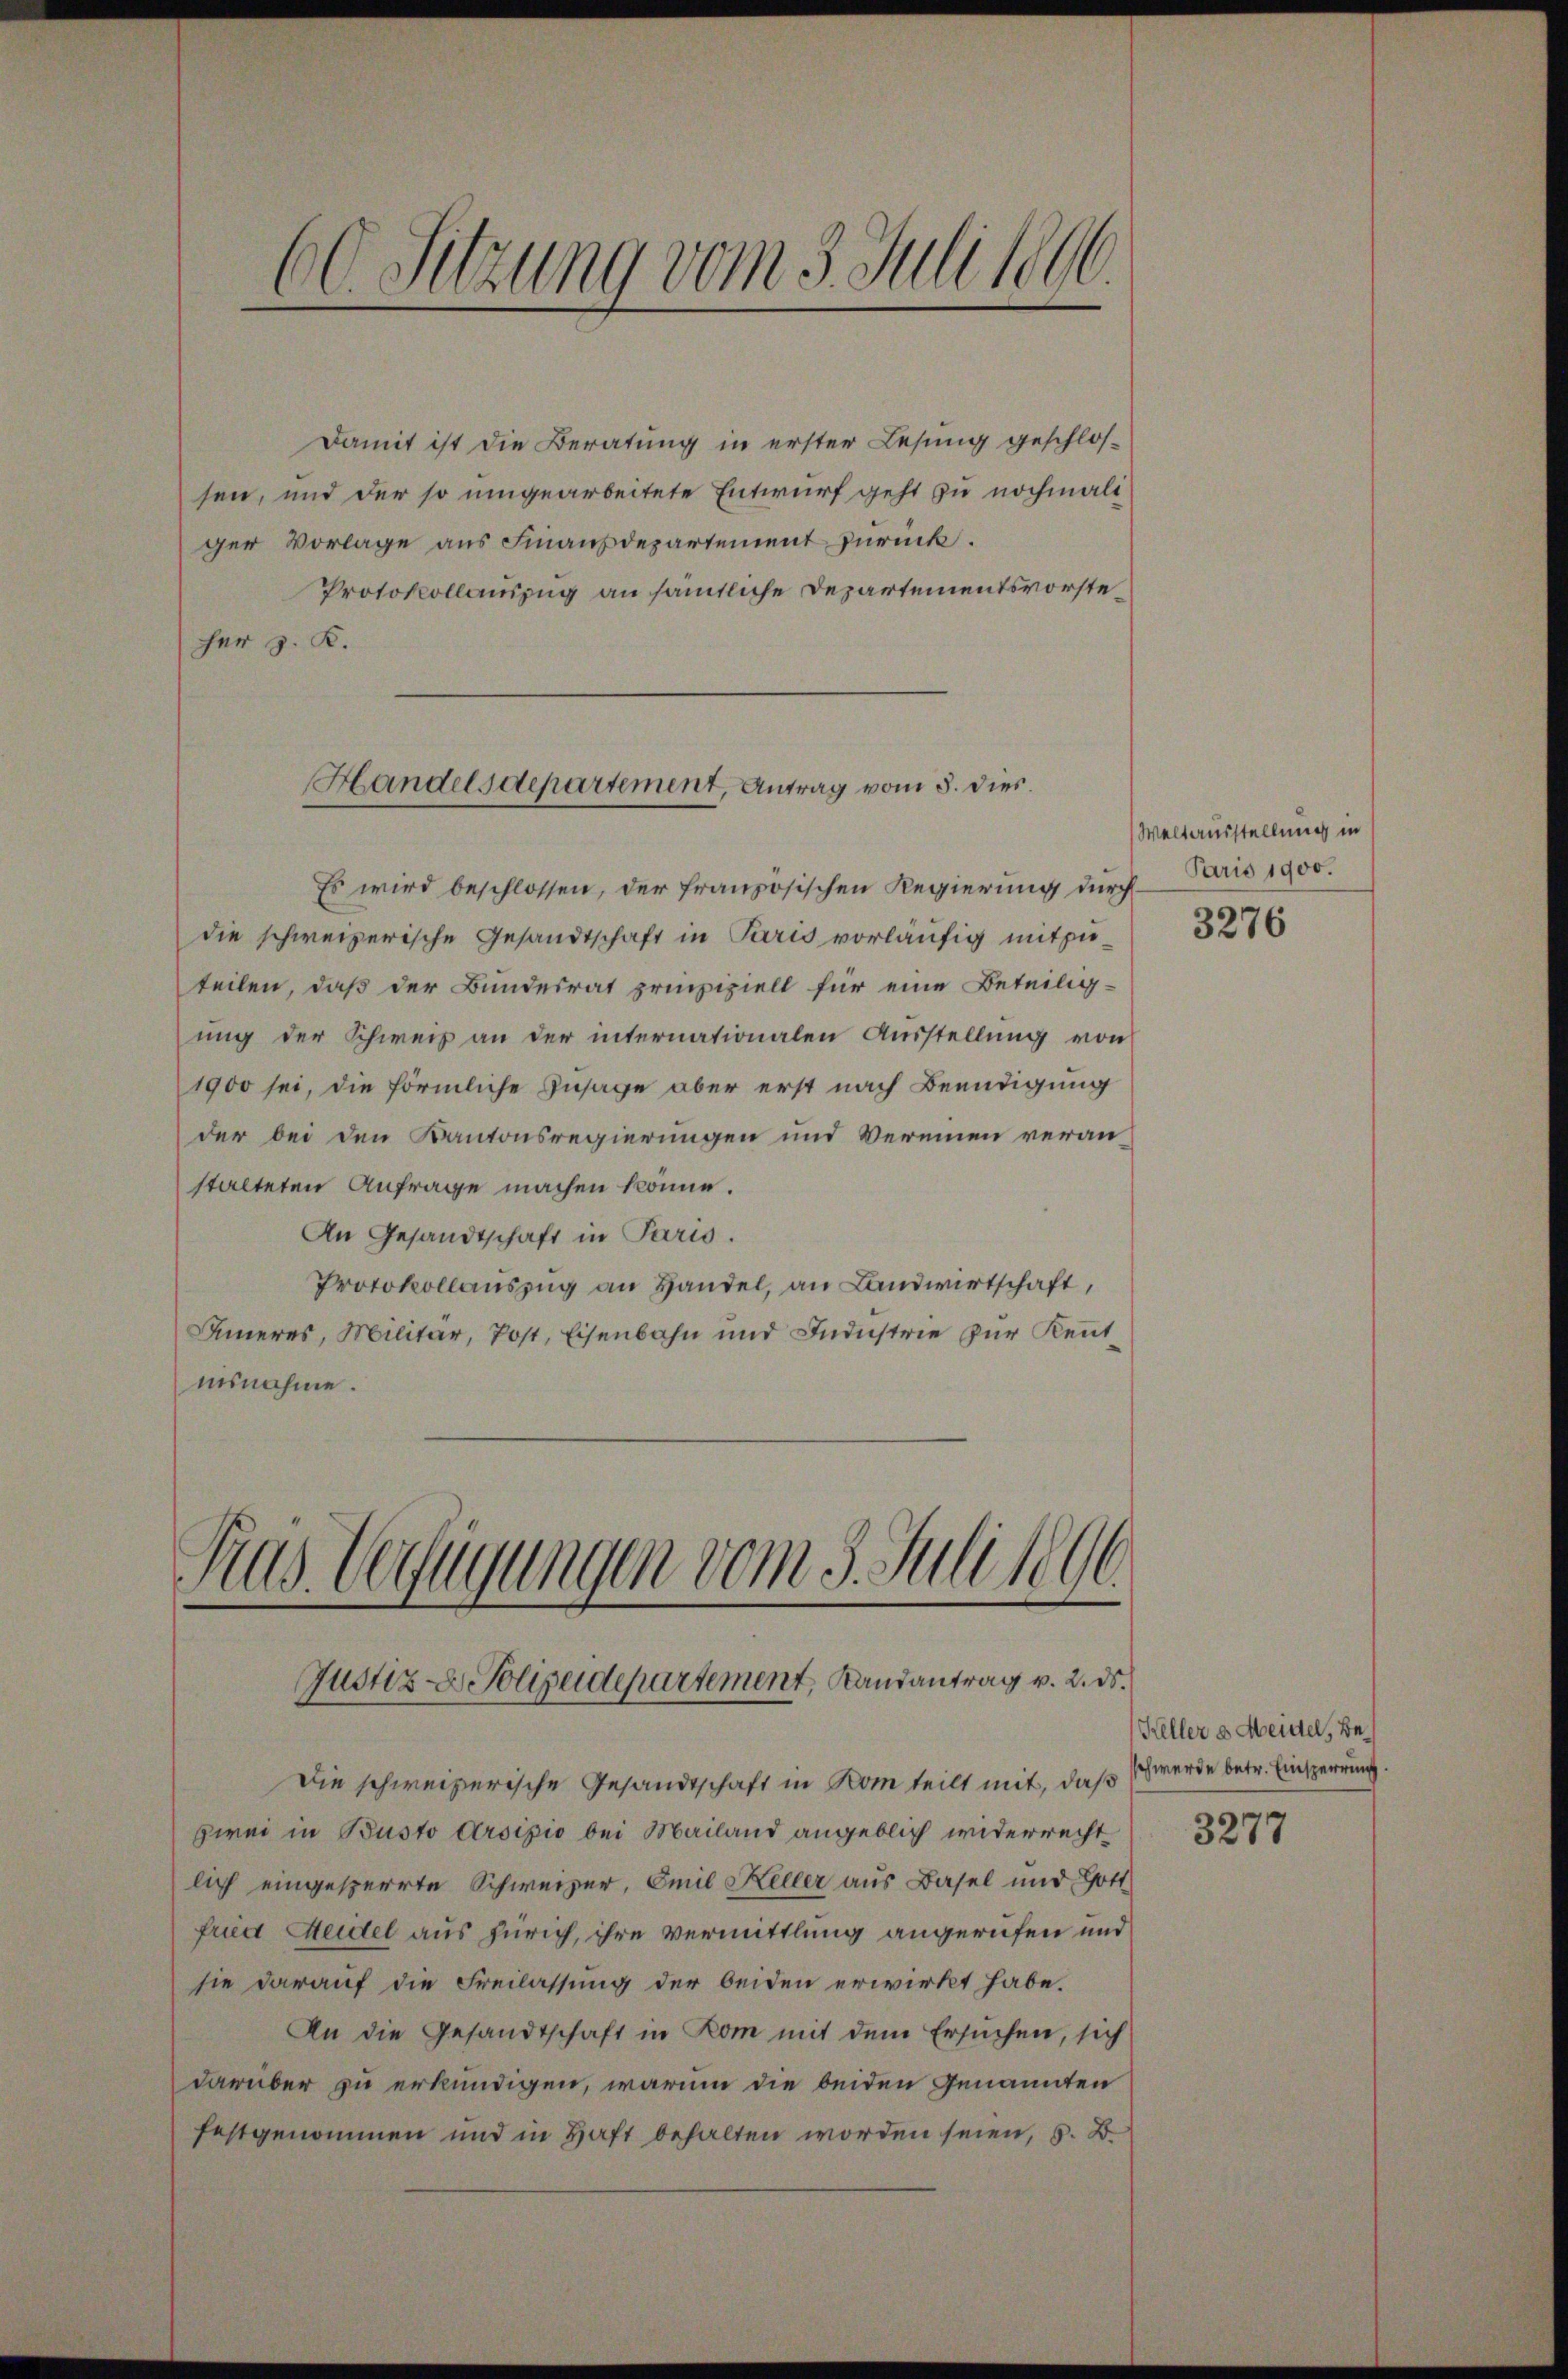
60. Sitzung vom 3. Juli 1890
—

Damit ist die Beratung in erster Lesung geschlossen, und der so umgearbeitete Entwurf geht zu nochmalt
ger Vorlage aus Finanzdepartement zurück.
Protokollauszug an sämtliche Departementsvorsteher z. K.

Handelsdepartement, Antrag vom 5. dies

Gras Verfügungen vom 5. Juli 1896.
Justiz - Polizeidepartement, Landantrag v. 2. ds.

Es wird beschlossen, der französischen Regierung durchdie schweizerische Gesandtschaft in Paris vorläufig mitzuteilen, daß der Bundesrat prinzipiell für eine Beteilig-
ung der Schweiz an der internationalen Ausstellung von
1900 sei, die förmliche Zusage aber erst nach Beendigung
der bei den Kantonsregierungen und Vereinen veran-
stalteten Anfrage machen könne.
An Gesandtschaft in Paris.
Protokollaŭszŭg an Handel, an Landwirtschaft,
Inneres, Militär, Post, Eisenbahn und Industrie zur Kenntausnahme.

Die schweizerische Gesandtschaft in Rom teilt mit, daß
zwei in Busto Arsipio bei Mailand angeblich widerrecht
lich eingesperrte Schweizer, Emil Keller aus Basel und Gott
fried Heidel aus Zürich, ihre vermittlung angerufen und
sie darauf die Freilassung der beiden erwirkt habe.
An die Gesandtschaft in Rom mit dem Ersuchen, sich
darüber zu erkundigen, warum die beiden Genannten
festgenommen und in Haft behalten worden seien, s. B.

Weltausstellung in
Paris 1900.
3276

Keller & Heidel, Beschwerde betr. Einsperrung
3277